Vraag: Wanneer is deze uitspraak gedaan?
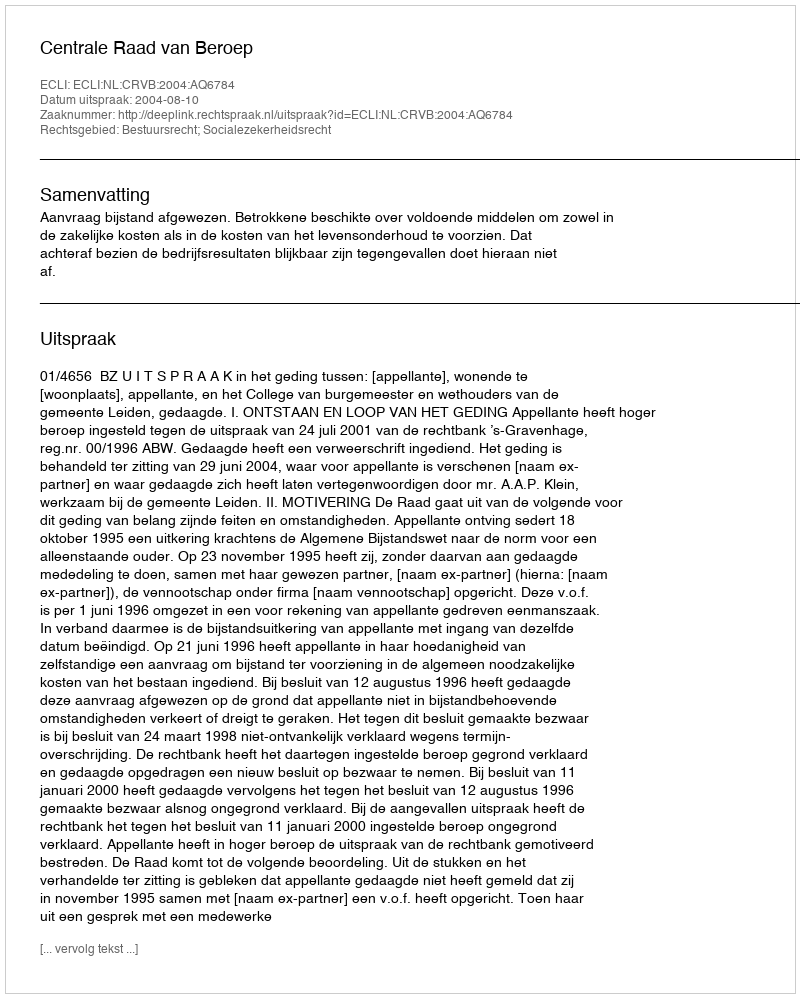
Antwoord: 2004-08-10